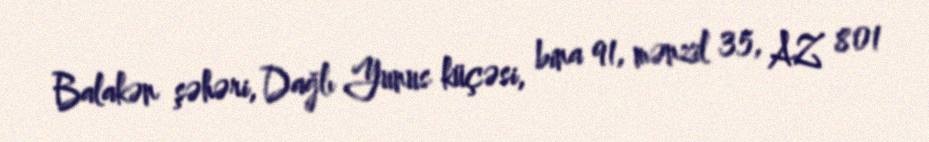
Balakən şəhəri, Dağlı Yunus küçəsi, bina 91, mənzil 35, AZ 801